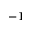
^ { - 1 }